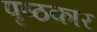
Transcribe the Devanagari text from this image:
पृष्ठकार